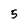
Character: 5